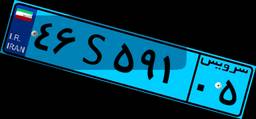
۵۶S۴۷۳۴۲